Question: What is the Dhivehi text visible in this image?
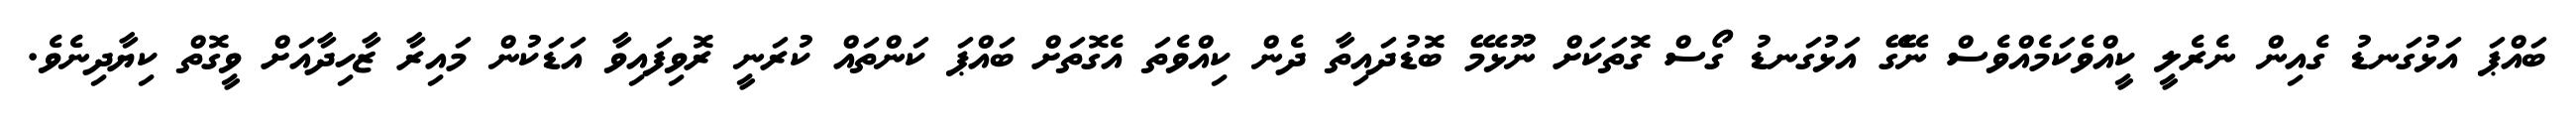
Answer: ބައްޕަ އަޅުގަނޑު ގެއިން ނެރެލީ ކީއްވެކަމެއްވެސް ނޭގޭ އަޅުގަނޑު ގޯސް ގޮތަކަށް ނޫޅެމޭ ބޮޑުދައިތާ ދެން ކިއްވެތަ އެގޮތަށް ބައްޕަ ކަންތައް ކުރަނީ ރޮވިފައިވާ އަޑަކުން މައިރާ ޒާހިދާއަށް ވީގޮތް ކިޔާދިނެވެ.